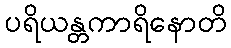
ပရိယန္တကာရိနောတိ